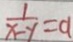
\frac { 1 } { x - y } = a